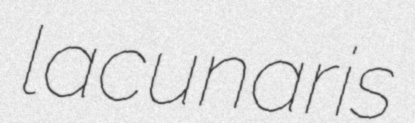
lacunaris